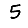
Digit: 5